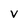
Character: V